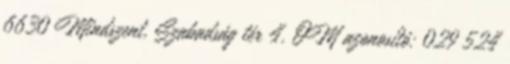
6630 Mindszent, Szabadság tér 4. OM azonosító: 029 524